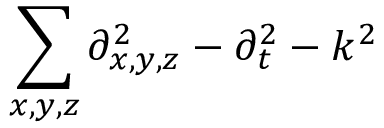
\sum _ { x , y , z } \partial _ { x , y , z } ^ { 2 } - \partial _ { t } ^ { 2 } - k ^ { 2 }